Investigations on Bengal jail dietaries - Number 37
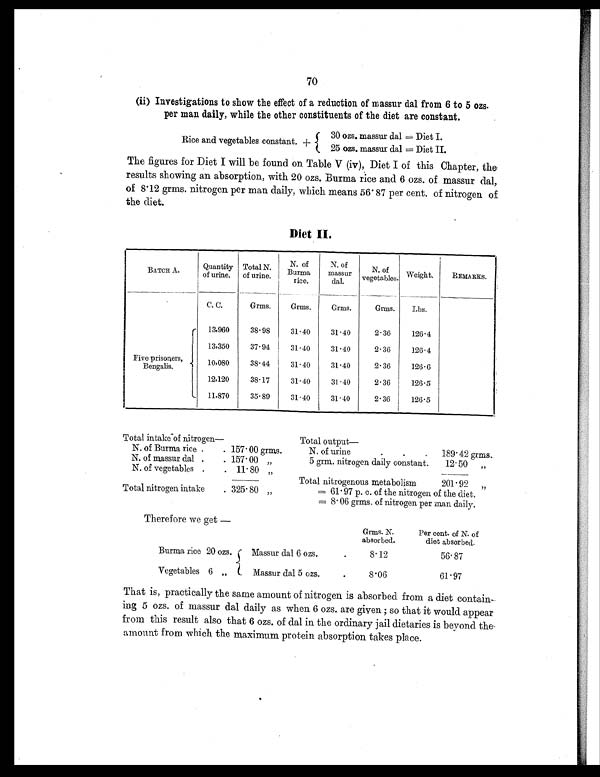
70
(ii) Investigations to show the effect of a reduction of massur dal from 6 to 5 ozs.
per man daily, while the other constituents of the diet are constant.
Rice and vegetables constant. +
30 ozs. massur dal = Diet I.
25 ozs. massur dal = Diet II.
The figures for Diet I will be found on Table V (iv), Diet I of this Chapter, the
results showing an absorption, with 20 ozs. Burma rice and 6 ozs. of massur dal,
of 8.12 grms. nitrogen per man daily, which means 56.87 per cent. of nitrogen of
the diet.
Diet II.
BATCH A.
Quantity
of urine.
Total N.
of urine.
N of
Burma
rice.
N of
massur.
dal.
N. of
vegetables. Weight.
REMARKS.
C. C.
Grms.
Grms.
Grms.
Grms.
Lbs.
Five prisoners,
Bengalis.
13,960
38.98
31.40
31.40
2.36
126.4
13,350
37.94
31.40
31.40
2.36
126.4
10,080
38.44
31.40
31.40
2.36
126.6
12,120
38.17
31.40
31.40
2.36
126.5
11,870
35.89
31.40
31.40
2.36
126.5
Total intake of nitrogen—
Total output—
N. of Burma rice .
. 157.00 grms.
N. of urine
.
.
. 189.42 grms.
N. of massur dal .
. 157.00 „
5 grm. nitrogen daily constant.
12.50 „
N. of vegetables .
. 11.80 „
Total nitrogenous metabolism
201.92 „
Total nitrogen intake
. 325.80 „
= 61.97 p. c. of the nitrogen of the diet.
= 8.06 grms. of nitrogen per man daily.
Therefore we get—
Grms. N.
absorbed.
Per cent. of N. of
diet absorbed.
Burma rice 20 ozs.
Massur dal 6 ozs.
.
8.12
56.87
Vegetables 6 „
Massur dal 5 ozs.
.
8. 06
61.97
That is, practically the same amount of nitrogen is absorbed from a diet contain-
ing 5 ozs. of massur dal daily as when 6 ozs. are given ; so that it would appear
from this result also that 6 ozs. of dal in the ordinary jail dietaries is beyond the
amount from which the maximum protein absorption takes place.